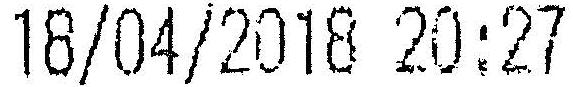
18/04/2018 20:27